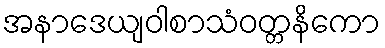
အနာဒေယျဝါစာသံဝတ္တနိကော